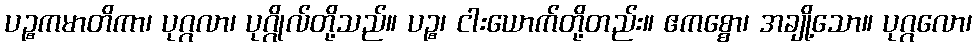
ပဉ္စကမာတိကာ၊ ပုဂ္ဂလာ၊ ပုဂ္ဂိုလ်တို့သည်။ ပဉ္စ၊ ငါးယောက်တို့တည်း။ ဧကစ္စော၊ အချို့သော။ ပုဂ္ဂလော၊